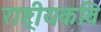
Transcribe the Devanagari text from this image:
राष्ट्रीयकवि